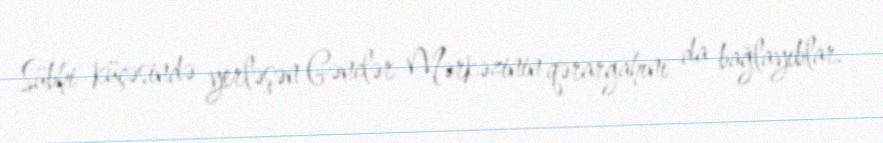
Sübhi küçəsində yerləşən Gənclər Mərkəzinin qərargahını da bağlayıblar.